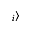
_ { i } \rangle